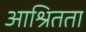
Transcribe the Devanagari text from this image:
आश्रितता